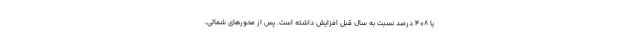
یا ۴۰۸ درصد نسبت به سال قبل افزایش داشته است. پس از محورهای شمالی،